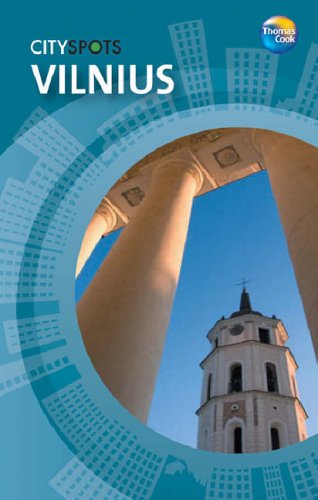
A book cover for Vilnius (CitySpots) (CitySpots); Thomas Cook; Travel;